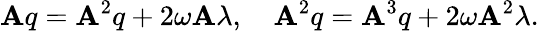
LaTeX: \mathbf{A}q=\mathbf{A}^{2}q+{2\omega}\mathbf{A}\lambda,\quad\mathbf{A}^{2}q=\mathbf{A}^{3}q+{2\omega}\mathbf{A}^{2}\lambda.